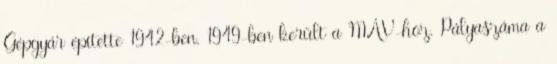
Gépgyár építette 1942-ben. 1949-ben került a MÁV-hoz. Pályaszáma a